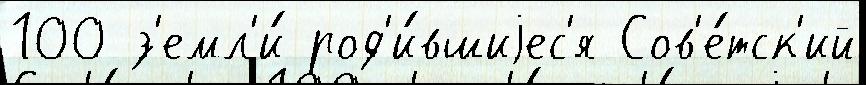
100 з'емл'и́ род'и́вшиjес'я Сов'е́тск'ий